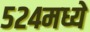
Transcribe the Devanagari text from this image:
५२४मध्ये